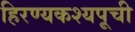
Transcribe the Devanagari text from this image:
हिरण्यकश्यपूची